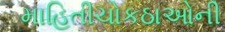
માહિતીચોકઠાઓની